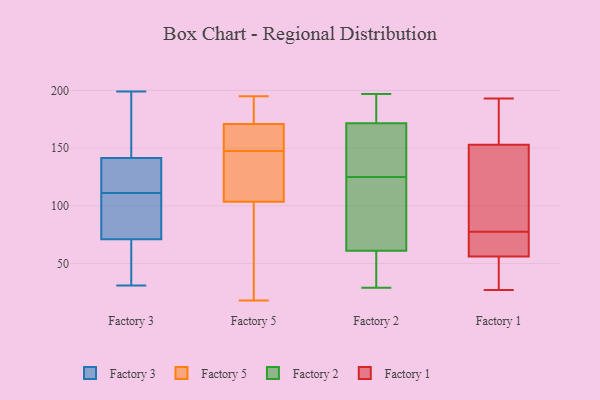
{"axis": {"x": "Humidity (%)", "y": "Value"}, "legend": ["Factory 1", "Factory 2", "Factory 3", "Factory 5"], "data": [{"x": "", "y": 119, "type": "Factory 3"}, {"x": "", "y": 103, "type": "Factory 3"}, {"x": "", "y": 176, "type": "Factory 3"}, {"x": "", "y": 182, "type": "Factory 3"}, {"x": "", "y": 62, "type": "Factory 3"}, {"x": "", "y": 31, "type": "Factory 3"}, {"x": "", "y": 38, "type": "Factory 3"}, {"x": "", "y": 147, "type": "Factory 3"}, {"x": "", "y": 119, "type": "Factory 3"}, {"x": "", "y": 136, "type": "Factory 3"}, {"x": "", "y": 92, "type": "Factory 3"}, {"x": "", "y": 41, "type": "Factory 3"}, {"x": "", "y": 135, "type": "Factory 3"}, {"x": "", "y": 54, "type": "Factory 3"}, {"x": "", "y": 86, "type": "Factory 3"}, {"x": "", "y": 94, "type": "Factory 3"}, {"x": "", "y": 199, "type": "Factory 3"}, {"x": "", "y": 80, "type": "Factory 3"}, {"x": "", "y": 126, "type": "Factory 3"}, {"x": "", "y": 165, "type": "Factory 3"}, {"x": "", "y": 195, "type": "Factory 5"}, {"x": "", "y": 114, "type": "Factory 5"}, {"x": "", "y": 138, "type": "Factory 5"}, {"x": "", "y": 155, "type": "Factory 5"}, {"x": "", "y": 163, "type": "Factory 5"}, {"x": "", "y": 18, "type": "Factory 5"}, {"x": "", "y": 142, "type": "Factory 5"}, {"x": "", "y": 103, "type": "Factory 5"}, {"x": "", "y": 181, "type": "Factory 5"}, {"x": "", "y": 153, "type": "Factory 5"}, {"x": "", "y": 104, "type": "Factory 5"}, {"x": "", "y": 77, "type": "Factory 5"}, {"x": "", "y": 192, "type": "Factory 5"}, {"x": "", "y": 164, "type": "Factory 5"}, {"x": "", "y": 178, "type": "Factory 5"}, {"x": "", "y": 85, "type": "Factory 5"}, {"x": "", "y": 187, "type": "Factory 2"}, {"x": "", "y": 34, "type": "Factory 2"}, {"x": "", "y": 125, "type": "Factory 2"}, {"x": "", "y": 112, "type": "Factory 2"}, {"x": "", "y": 168, "type": "Factory 2"}, {"x": "", "y": 46, "type": "Factory 2"}, {"x": "", "y": 136, "type": "Factory 2"}, {"x": "", "y": 66, "type": "Factory 2"}, {"x": "", "y": 29, "type": "Factory 2"}, {"x": "", "y": 182, "type": "Factory 2"}, {"x": "", "y": 197, "type": "Factory 2"}, {"x": "", "y": 137, "type": "Factory 2"}, {"x": "", "y": 91, "type": "Factory 2"}, {"x": "", "y": 27, "type": "Factory 1"}, {"x": "", "y": 179, "type": "Factory 1"}, {"x": "", "y": 42, "type": "Factory 1"}, {"x": "", "y": 42, "type": "Factory 1"}, {"x": "", "y": 97, "type": "Factory 1"}, {"x": "", "y": 81, "type": "Factory 1"}, {"x": "", "y": 56, "type": "Factory 1"}, {"x": "", "y": 153, "type": "Factory 1"}, {"x": "", "y": 95, "type": "Factory 1"}, {"x": "", "y": 67, "type": "Factory 1"}, {"x": "", "y": 67, "type": "Factory 1"}, {"x": "", "y": 193, "type": "Factory 1"}, {"x": "", "y": 74, "type": "Factory 1"}, {"x": "", "y": 34, "type": "Factory 1"}, {"x": "", "y": 71, "type": "Factory 1"}, {"x": "", "y": 189, "type": "Factory 1"}, {"x": "", "y": 165, "type": "Factory 1"}, {"x": "", "y": 130, "type": "Factory 1"}]}